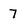
Character: 7